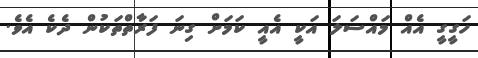
ހަގީގީ އެއް މައްސަލަ އަކީ އެއީ ކަމަށް ގިނަ ފަރާތްތަކުން ދެކެ އެވެ.